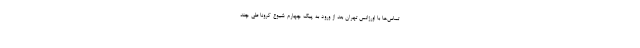
تماس‌ها با اورژانس تهران بعد از ورود به پیک چهارم شیوع کرونا طی چند